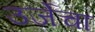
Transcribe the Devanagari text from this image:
उर्जेचा